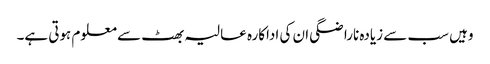
وہیں سب سے زیادہ ناراضگی ان کی اداکارہ عالیہ بھٹ سے معلوم ہوتی ہے۔